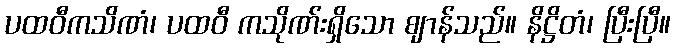
ပထဝီကသိဏံ၊ ပထဝီ ကသိုဏ်းရှိသော ဈာန်သည်။ နိဋ္ဌိတံ၊ ပြီးပြီ။